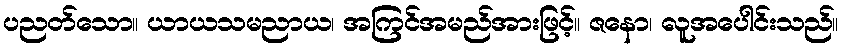
ပညတ်သော။ ယာယသမညာယ၊ အကြင်အမည်အားဖြင့်။ ဇနော၊ လူအပေါင်းသည်။